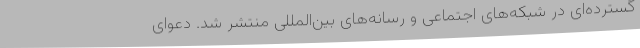
گسترده‌ای در شبکه‌های اجتماعی و رسانه‌های بین‌المللی منتشر شد. دعوای